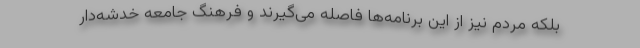
بلکه مردم نیز از این برنامه‌ها فاصله می‌گیرند و فرهنگ جامعه خدشه‌دار